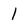
Character: l